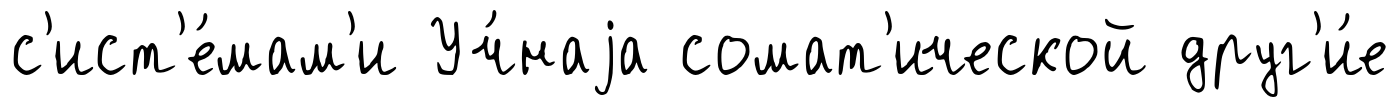
с'ист'е́мам'и Уч́наjа сомат'ической друг'и́е